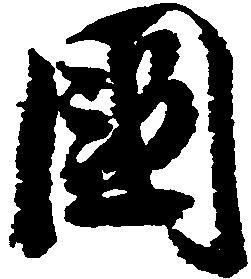
国